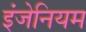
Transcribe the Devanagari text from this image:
इंजेनियम